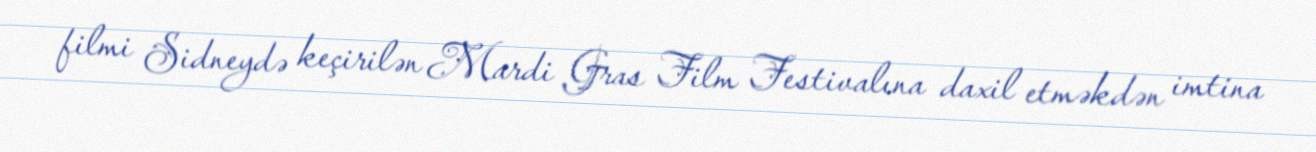
filmi Sidneydə keçirilən Mardi Gras Film Festivalına daxil etməkdən imtina